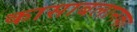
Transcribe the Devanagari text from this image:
कासाबलानका